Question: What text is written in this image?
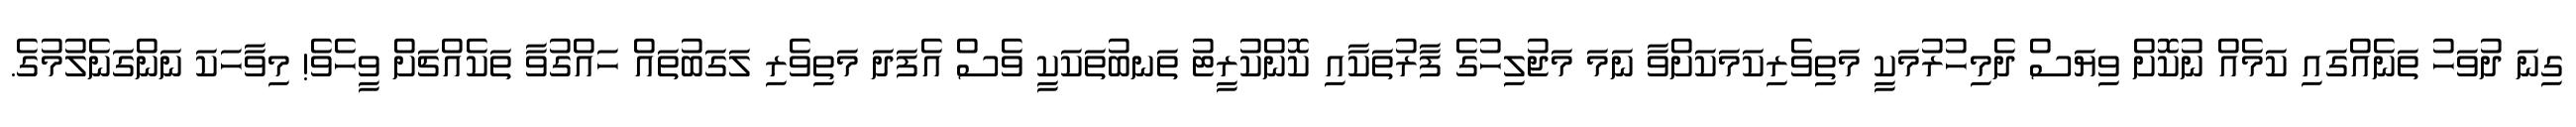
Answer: ގިނަ ދުވަހު ތަނެއްގައި ކަމެއް ނުކޮށް ވިޔަސް ދެމިހުރުމަކީ މަތިވެރިކަމަކަށްވާ ނަމަ މަޖުލިހުގެ ފާރުތަކާއި ކޮންކުރީޓު ތަނބުތަކަކީ ވެސް އެފަދަ މަތިވެރި ލަގަބުތައް ހައްގުވާ ތަކެއްޗަށް ވީހެވެ! މިވާހަކަ ނަންގަނެލުމުގެ.